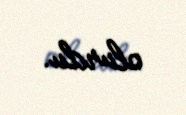
olurdu.